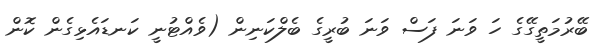
ބޭރުމަތީގޭގެ ހަ ވަނަ ފަސް ވަނަ ބުރީގެ ބެލްކަނިން (ވެއްޓުނީ ކަނޑައެޅިގެން ކޮން